Civil Veterinary Department Bengal reports 1933-51 - 1933-1951
Year: 1933
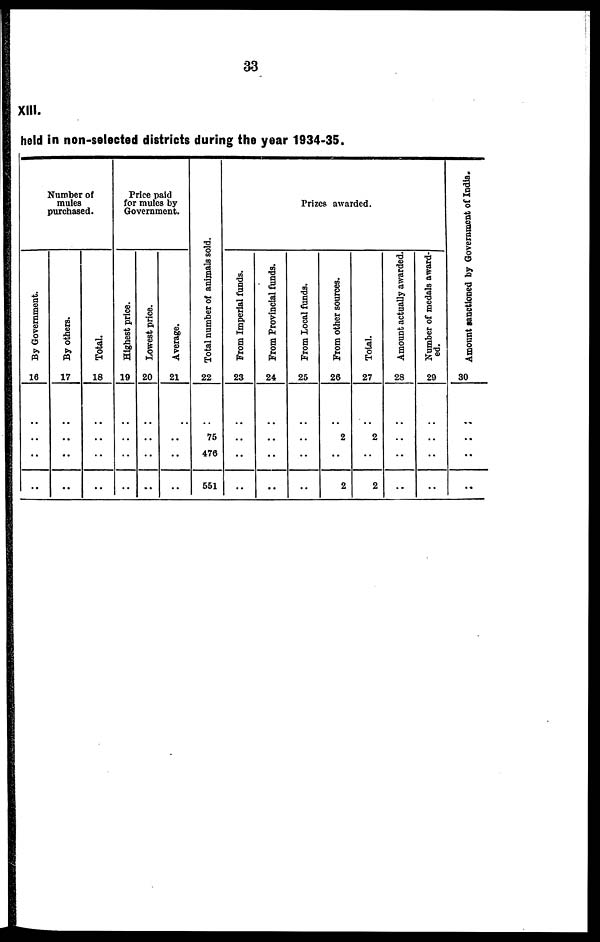
33
XIII.
held in non-selected districts during the year 1934-35.
Number of
mules
purchased.
By Government.
16
..
..
..
By others.
17
..
..
..
Total.
18
..
..
..
Price paid
for mules by
Government.
Highest price.
19
..
..
..
Lowest price.
20
..
..
..
Average.
21
..
..
..
Tot al number of animals sold.
22
75
476
551
Prizes awarded.
From Imperial funds.
23
..
..
..
From Provincial funds.
24
..
..
..
From Local funds.
25
..
..
..
From other sources.
26
2
..
2
Total.
27
2
..
2
Amount actually awarded.
28
..
..
..
Number
of medals award-
ed.
29
..
..
..
Amount sanctioned by Government of India.
30
..
..
..